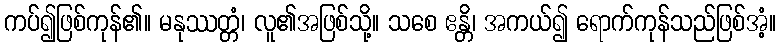
ကပ်၍ဖြစ်ကုန်၏။ မနုဿတ္တံ၊ လူ၏အဖြစ်သို့။ သစေ ဧန္တိ၊ အကယ်၍ ရောက်ကုန်သည်ဖြစ်အံ့။